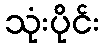
သုံးပိုင်း